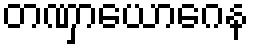
တဏှာယောဂေန